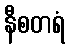
နီစတရံ